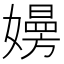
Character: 𡢚